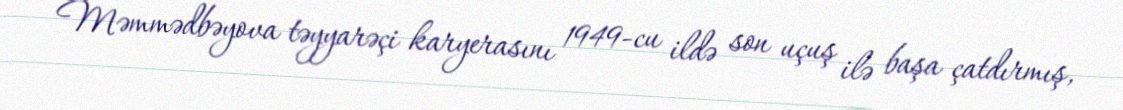
Məmmədbəyova təyyarəçi karyerasını 1949-cu ildə son uçuş ilə başa çatdırmış,